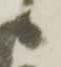
々